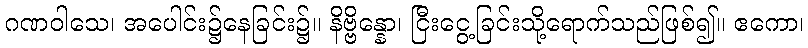
ဂဏဝါသေ၊ အပေါင်း၌နေခြင်း၌။ နိဗ္ဗိန္နော၊ ငြီးငွေ့ခြင်းသို့ရောက်သည်ဖြစ်၍။ ဧကော၊